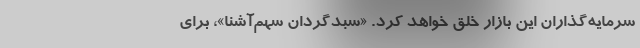
سرمایه‌گذاران این بازار خلق خواهد کرد. «سبدگردان سهم‌آشنا»، برای